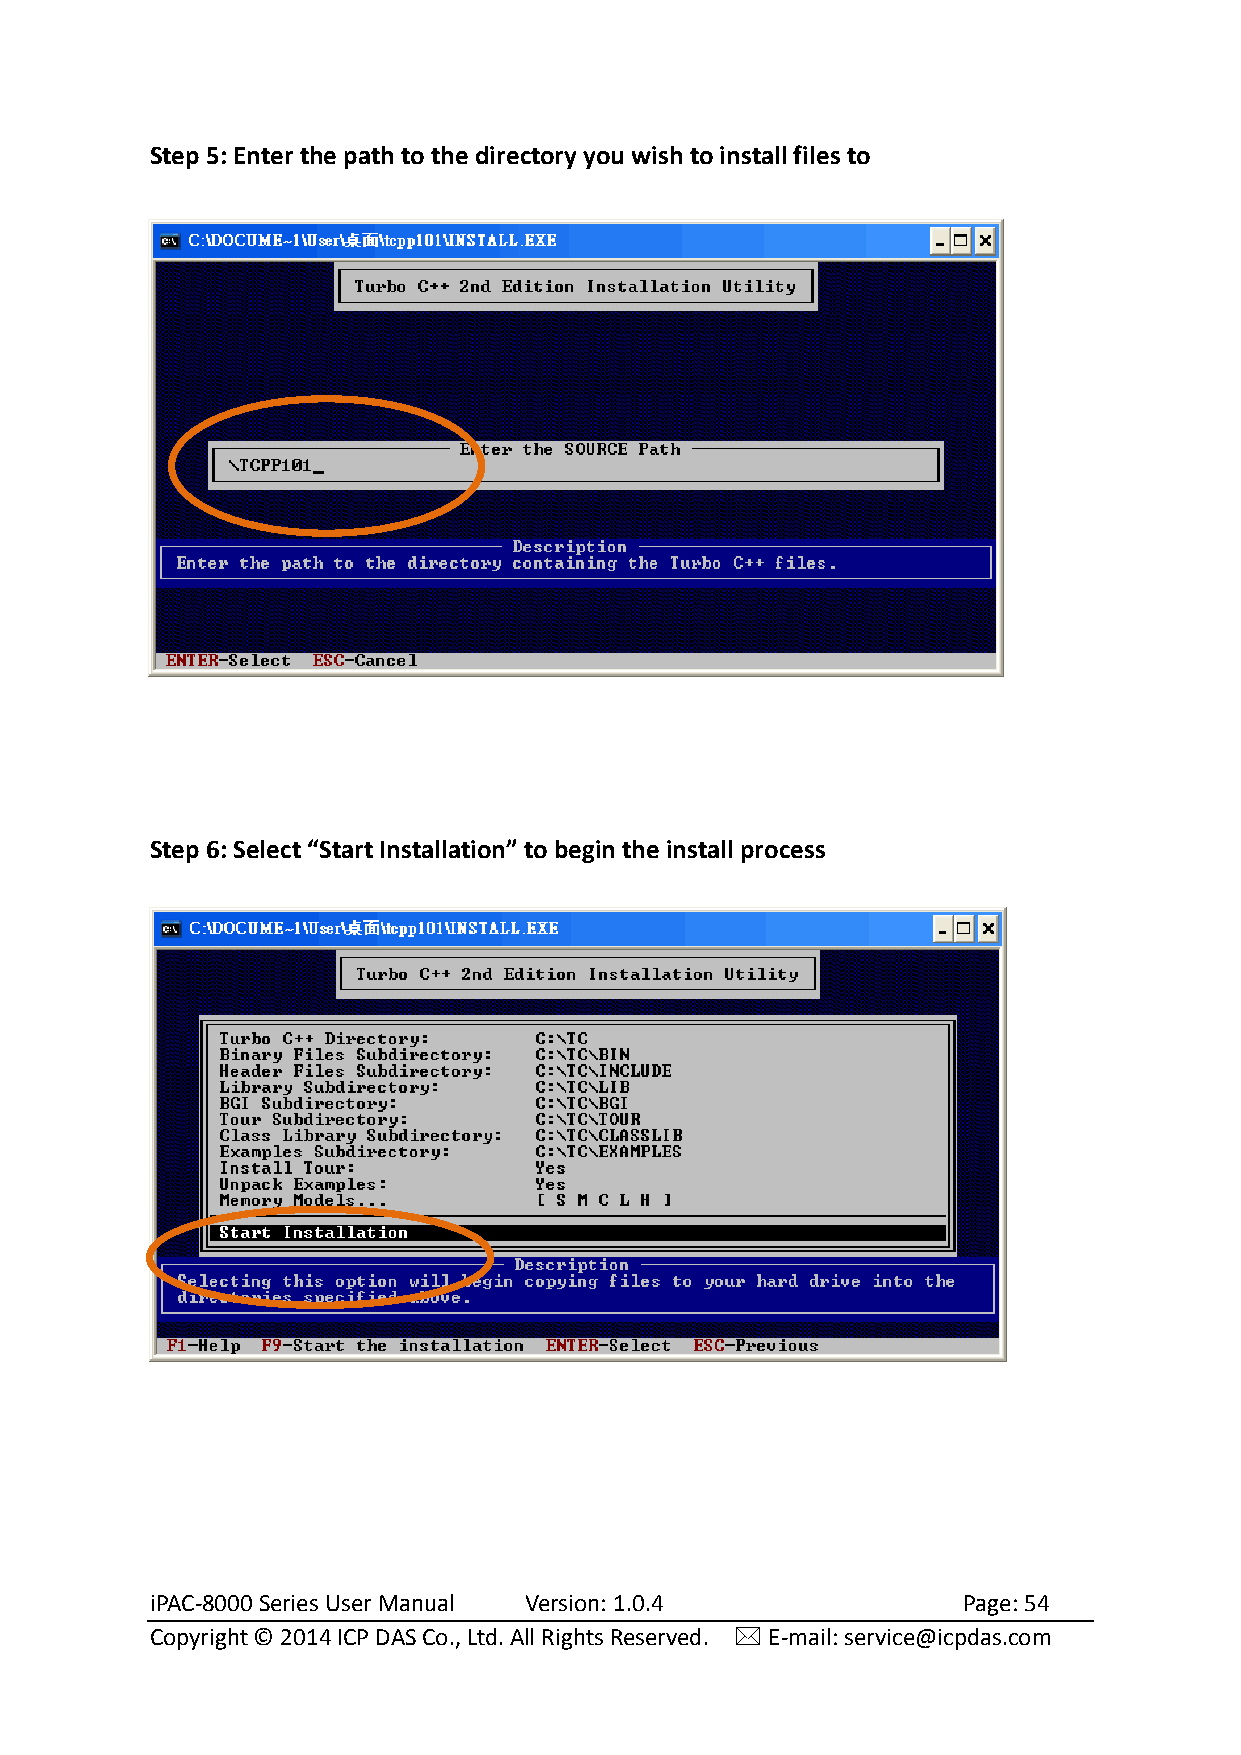
Step 5: Enter the path to the directory you wish to install files to
 Step 6: Select “Start Installation” to begin the install process
 iPAC-8000 Series User Manual Version: 1.0.4           Page: 54
 Copyright © 2014 ICP DAS Co., Ltd. All Rights Reserved.  E-mail: service@icpdas.com